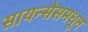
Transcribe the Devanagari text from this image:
सायन्सेसमधून